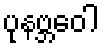
ပုနဗ္ဘဝေါ